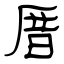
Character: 厝